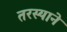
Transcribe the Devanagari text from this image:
तरस्याने